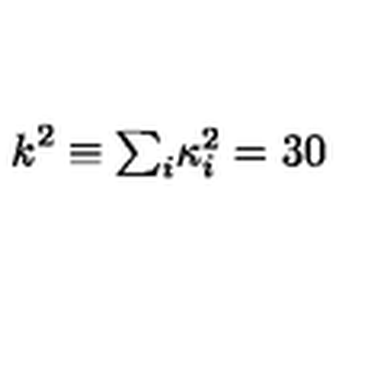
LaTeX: k ^ { 2 } \equiv \textstyle { \sum _ { i } } \kappa _ { i } ^ { 2 } = 3 0